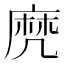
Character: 𪎑